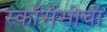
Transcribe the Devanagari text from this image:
स्कॉर्सेसीची